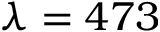
\lambda = 4 7 3